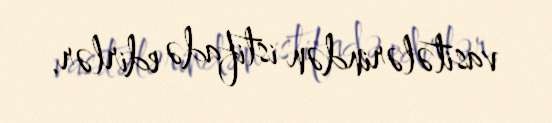
vasitələrindən istifadə edirlər.